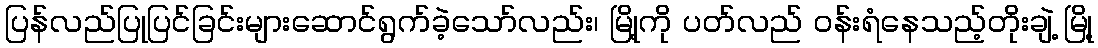
ပြန်လည်ပြုပြင်ခြင်းများဆောင်ရွက်ခဲ့သော်လည်း၊ မြို့ကို ပတ်လည် ဝန်းရံနေသည့်တိုးချဲ့ မြို့